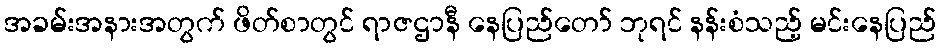
အခမ်းအနားအတွက် ဖိတ်စာတွင် ရာဇဌာနီ နေပြည်တော် ဘုရင် နန်းစံသည့် မင်းနေပြည်